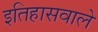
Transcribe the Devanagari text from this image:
इतिहासवाले